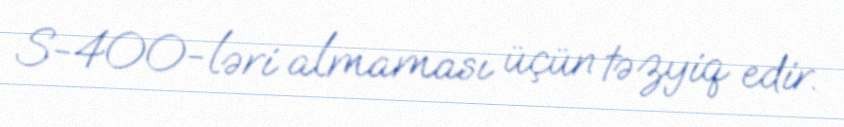
S-400-ləri almaması üçün təzyiq edir.